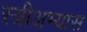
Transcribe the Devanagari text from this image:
स्त्रीअभ्यास